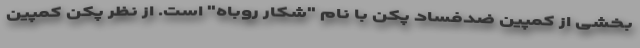
بخشی از کمپین ضدفساد پکن با نام "شکار روباه" است. از نظر پکن کمپین